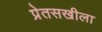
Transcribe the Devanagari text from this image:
प्रेतसखीला